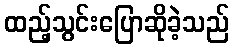
ထည့်သွင်းပြောဆိုခဲ့သည်